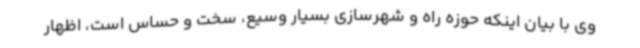
وی با بیان اینکه حوزه راه و شهرسازی بسیار وسیع، سخت و حساس است، اظهار